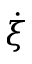
\dot { \xi }